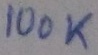
Text: 100K